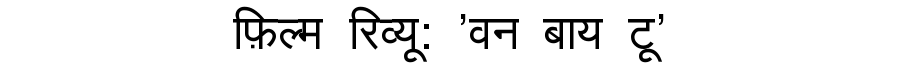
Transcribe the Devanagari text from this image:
फ़िल्म रिव्यू: 'वन बाय टू'